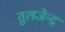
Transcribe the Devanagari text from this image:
तुलजेन्द्र